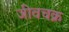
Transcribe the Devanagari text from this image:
जीवचक्र